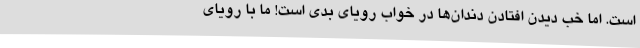
است. اما خب دیدن افتادن دندان‌ها در خواب رویای بدی است! ما با رویای